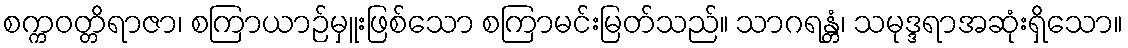
စက္ကဝတ္တိရာဇာ၊ စကြာယာဉ်မှူးဖြစ်သော စကြာမင်းမြတ်သည်။ သာဂရန္တံ၊ သမုဒ္ဒရာအဆုံးရှိသော။